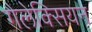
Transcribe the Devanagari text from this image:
गैलेक्सियन